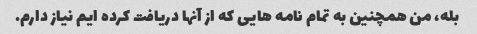
بله، من همچنین به تمام نامه هایی که از آنها دریافت کرده ایم نیاز دارم.